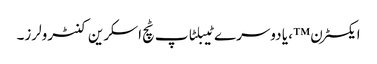
ایکسٹرن ™ ، یا دوسرے ٹیبلٹاپ ٹچ اسکرین کنٹرولرز۔